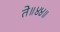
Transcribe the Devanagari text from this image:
ते॥४४॥